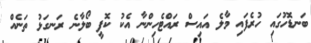
ބަނޑޮހުގައި ހުރެފައި މާލެ އައިސް ރައްޓެހިންނާ އެކު ކޮފީ ބޯލާނެ ރަނގަޅު ތަނެއް